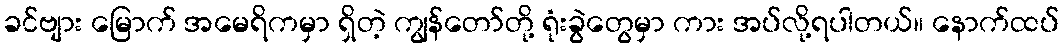
ခင်ဗျား မြောက် အမေရိကမှာ ရှိတဲ့ ကျွန်တော်တို့ ရုံးခွဲတွေမှာ ကား အပ်လို့ရပါတယ်။ နောက်ထပ်